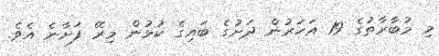
މި މުބާރާތުގެ 19 އަހަރުން ދަށުގެ ބައިގެ ކުޅުން މިރޭ ފަށާނެ އެވެ.